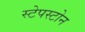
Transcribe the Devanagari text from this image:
स्टेपस्टोन